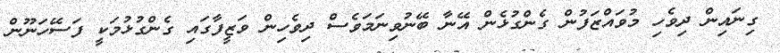
ގިނައިން ދިވެހި މުވައްޒަފުން ގެންގުޅެން އޭނާ ބޭނުވިނަމަވެސް ދިވެހިން ވަޒީފާގައި ގެންގުޅުމަކީ ފަސޭހަނޫން